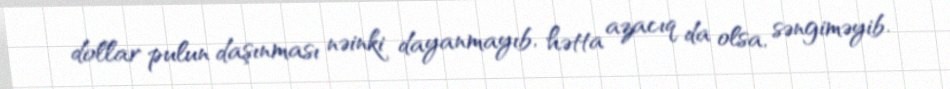
dollar pulun daşınması nəinki dayanmayıb, hətta azacıq da olsa, səngiməyib.